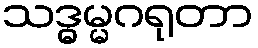
သဒ္ဓမ္မဂရုတာ